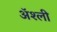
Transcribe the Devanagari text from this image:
ॲश्ली